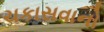
ચકાસવાનો